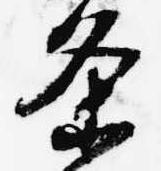
条